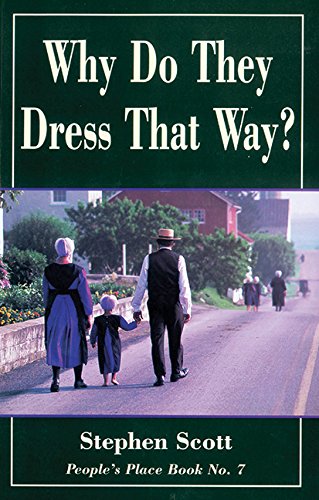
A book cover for Why Do They Dress That Way?: People's Place Book No. 7 (Rev ed) (People's Place Book, No 7); Stephen Scott; Christian Books & Bibles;